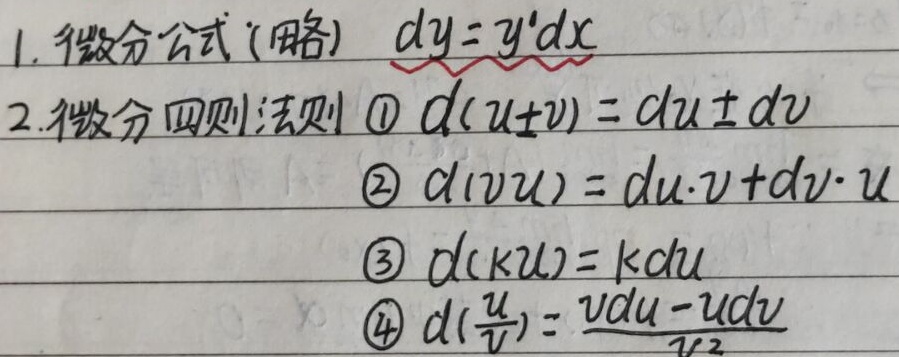
1. 微分公式(略) \(dy = y'dx\)
2. 微分四则法则
    - \textcircled{1} \(d(u\pm v)=du\pm dv\)
    - \textcircled{2} \(d(vu)=du\cdot v + dv\cdot u\)
    - \textcircled{3} \(d(ku)=kdu\)
    - \textcircled{4} \(d(\frac{u}{v})=\frac{vdu - udv}{v^{2}}\)